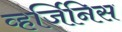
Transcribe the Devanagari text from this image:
व्हर्जिनिस